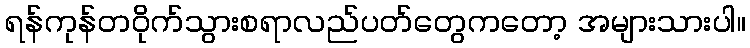
ရန်ကုန်တဝိုက်သွားစရာလည်ပတ်တွေကတော့ အများသားပါ။